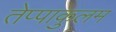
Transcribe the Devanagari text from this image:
तेप्पाकुलम